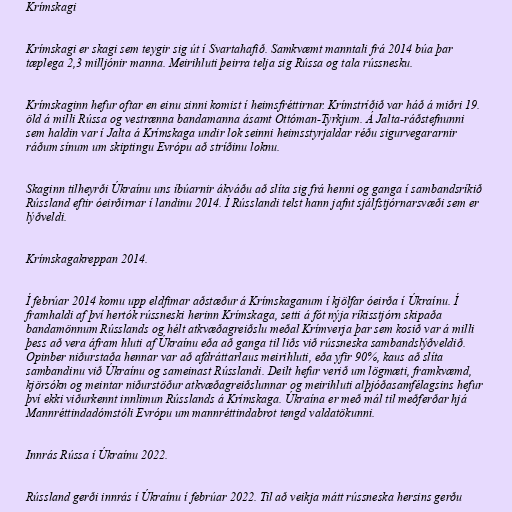
Krímskagi

Krímskagi er skagi sem teygir sig út í Svartahafið. Samkvæmt manntali frá 2014 búa þar
tæplega 2,3 milljónir manna. Meirihluti þeirra telja sig Rússa og tala rússnesku.

Krímskaginn hefur oftar en einu sinni komist í heimsfréttirnar. Krímstríðið var háð á miðri 19.
öld á milli Rússa og vestrænna bandamanna ásamt Ottóman-Tyrkjum. Á Jalta-ráðstefnunni
sem haldin var í Jalta á Krímskaga undir lok seinni heimsstyrjaldar réðu sigurvegararnir
ráðum sínum um skiptingu Evrópu að stríðinu loknu.

Skaginn tilheyrði Úkraínu uns íbúarnir ákváðu að slíta sig frá henni og ganga í sambandsríkið
Rússland eftir óeirðirnar í landinu 2014. Í Rússlandi telst hann jafnt sjálfstjórnarsvæði sem er
lýðveldi.

Krímskagakreppan 2014.

Í febrúar 2014 komu upp eldfimar aðstæður á Krímskaganum í kjölfar óeirða í Úkraínu. Í
framhaldi af því hertók rússneski herinn Krímskaga, setti á fót nýja ríkisstjórn skipaða
bandamönnum Rússlands og hélt atkvæðagreiðslu meðal Krímverja þar sem kosið var á milli
þess að vera áfram hluti af Úkraínu eða að ganga til liðs við rússneska sambandslýðveldið.
Opinber niðurstaða hennar var að afdráttarlaus meirihluti, eða yfir 90%, kaus að slíta
sambandinu við Úkraínu og sameinast Rússlandi. Deilt hefur verið um lögmæti, framkvæmd,
kjörsókn og meintar niðurstöður atkvæðagreiðslunnar og meirihluti alþjóðasamfélagsins hefur
því ekki viðurkennt innlimun Rússlands á Krímskaga. Úkraína er með mál til meðferðar hjá
Mannréttindadómstóli Evrópu um mannréttindabrot tengd valdatökunni.

Innrás Rússa í Úkraínu 2022.

Rússland gerði innrás í Úkraínu í febrúar 2022. Til að veikja mátt rússneska hersins gerðu